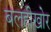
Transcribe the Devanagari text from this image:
बलहीखोर